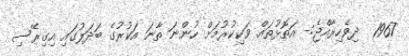
1967  ދިވެހިރާއްޖެ:- އަތޮޅުތައް ވަކިކުރުމަށް ހުންނަ ތާނަ އަކުރުގެ ބަދަލުގައި އިގިރޭސި